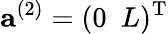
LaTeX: {\mathbf a}^{(2)}=(0\, \, \, L)^{\textup T}